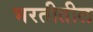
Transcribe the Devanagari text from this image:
भरतीतील